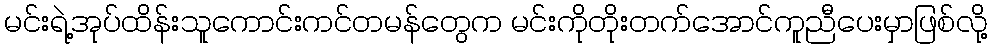
မင်းရဲ့အုပ်ထိန်းသူကောင်းကင်တမန်တွေက မင်းကိုတိုးတက်အောင်ကူညီပေးမှာဖြစ်လို့